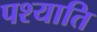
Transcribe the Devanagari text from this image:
पश्याति